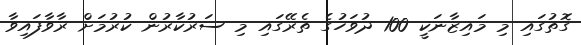
ގޮތުގައި މި މައިޒާނަކީ 100 ދުވަހުގެ ތެރޭގައި މި ސަރުކާރުން ކުރުމަށް ރާވާފައިވާ